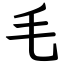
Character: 毛